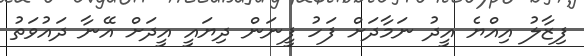
ފިޒާލު އިއްޔެ އީދު ނަމާދަށް ފަހު ފީނަން ދިޔައީ އީދަށް އޭނާ ދައުވަތު